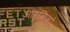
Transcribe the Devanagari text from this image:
आर्किवो